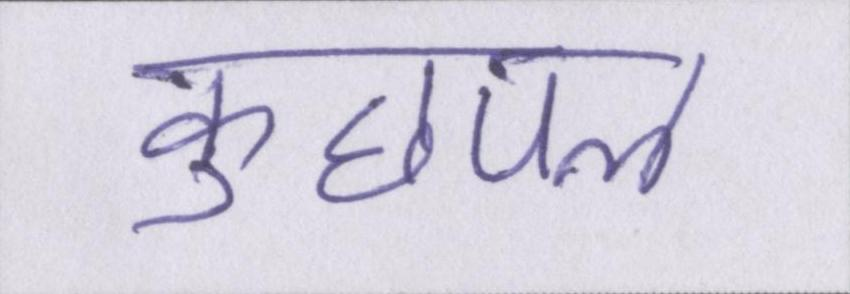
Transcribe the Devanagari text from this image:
कुछपल